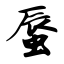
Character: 蜃